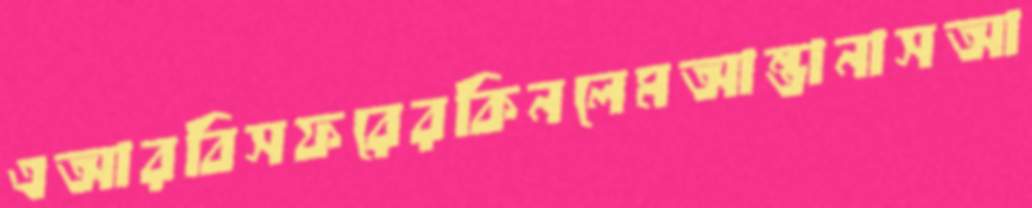
এআরবিসফরেরকিনলেমআন্তানাসআ